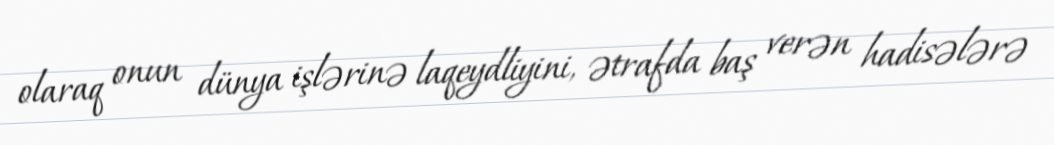
olaraq onun dünya işlərinə laqeydliyini, ətrafda baş verən hadisələrə